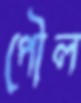
পৌল